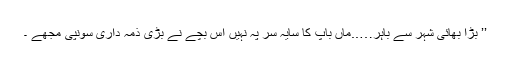
’’ بڑا بھائی شہر سے باہر…..ماں باپ کا سایہ سر پہ نہیں اس بچے نے بڑی ذمہ داری سونپی مجھے ۔